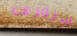
سرورى